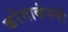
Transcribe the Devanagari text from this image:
करेगाकंपनी